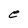
Character: e